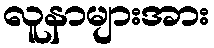
လူနာများအား